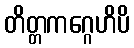
တိတ္တကဂ္ဂေဟိပိ